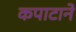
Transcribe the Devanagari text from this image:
कपाटाने